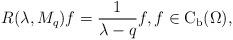
LaTeX: \begin{align*}R(\lambda,M_{q})f=\frac{1}{\lambda-q}f,f\in \mathrm{C}_{\operatorname{b}}(\Omega),\end{align*}